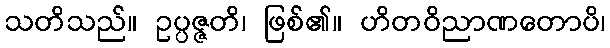
သတိသည်။ ဥပ္ပဇ္ဇတိ၊ ဖြစ်၏။ ဟိတဝိညာဏတောပိ၊